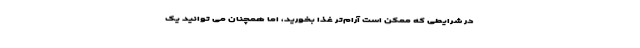
در شرایطی که ممکن است آرام‌تر غذا بخورید، اما همچنان می توانید یک